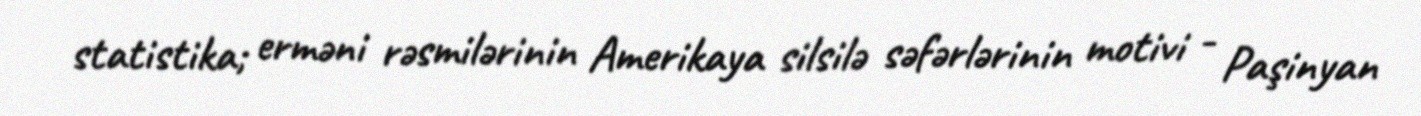
statistika; erməni rəsmilərinin Amerikaya silsilə səfərlərinin motivi - Paşinyan